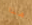
هذا